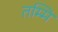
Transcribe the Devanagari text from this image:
तम्मि